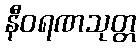
နီဝရဏသုတ္တ